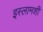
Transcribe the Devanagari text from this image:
इस्लामशी